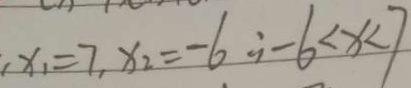
\cdot x _ { 1 } = 7 , x _ { 2 } = - 6 i - 6 < x < 7